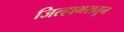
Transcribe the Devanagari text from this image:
जिल्हाभरातून